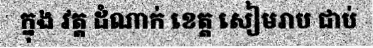
ក្នុង វត្ត ដំណាក់ ខេត្ត សៀមរាប ជាប់